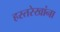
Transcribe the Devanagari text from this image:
हस्तरेखांना